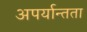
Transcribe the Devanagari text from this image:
अपर्यान्तता